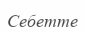
Себетте